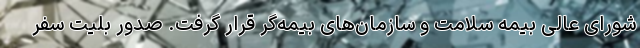
شورای عالی بیمه سلامت و سازمان‌های بیمه‌گر قرار گرفت. صدور بلیت سفر